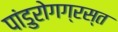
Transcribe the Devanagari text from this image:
पांडुरोगग्रस्त